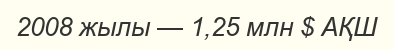
2008 жылы — 1,25 млн $ АҚШ